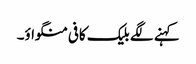
کہنے لگے بلیک کافی منگواؤ۔